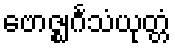
ဗောဇ္ဈင်္ဂသံယုတ္တံ